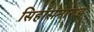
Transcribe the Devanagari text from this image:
सिहाँसनारुड